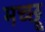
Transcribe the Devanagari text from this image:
मच्‍छू